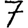
Digit: 7